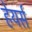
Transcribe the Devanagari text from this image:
हेयर्स